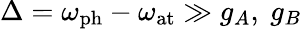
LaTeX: \Delta=\omega_{\mathrm{ph}}-\omega_{\mathrm{at}}\gg g_{A},~g_{B}